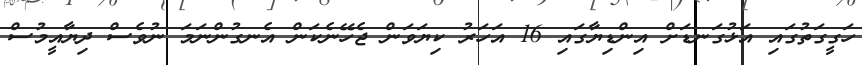
ހަގީގަތުގައި އަޅުގަނޑަށް އިންޑިޔާގައި 16 އަހަރު ކިޔަވަން ޖެހޭނެކަން އެނގުންނަމަ ނުވެސް ދިޔާއީމުސް